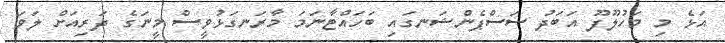
އަޅެ މި މަހުލޫފޫ އަބަދު ސަސްޕެންޝަނގައި ބަހައްޓާނަމަ މާރަނގަޅުވީސް މީނަގެ ދަރިއަށް ލަވަ